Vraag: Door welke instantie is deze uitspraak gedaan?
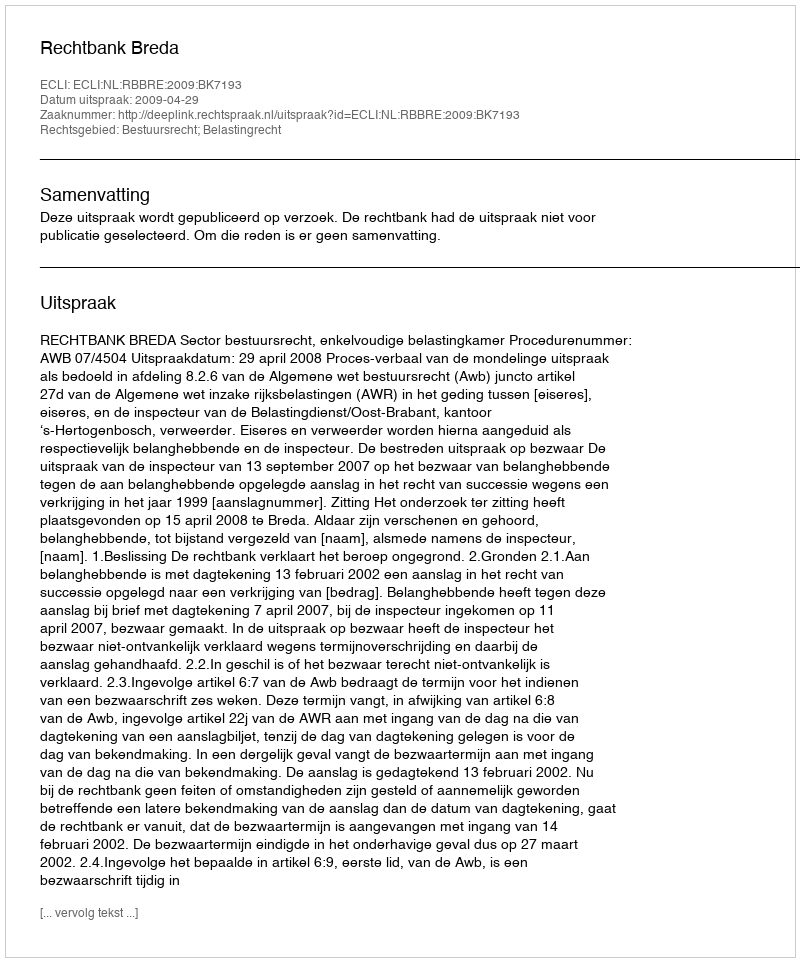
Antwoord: Rechtbank Breda